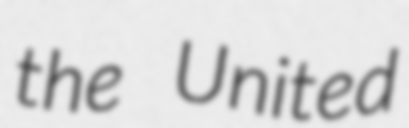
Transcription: the  United